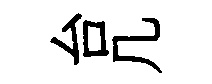
台几